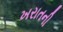
ખરાતની